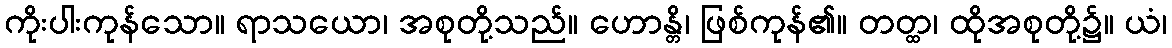
ကိုးပါးကုန်သော။ ရာသယော၊ အစုတို့သည်။ ဟောန္တိ၊ ဖြစ်ကုန်၏။ တတ္ထ၊ ထိုအစုတို့၌။ ယံ၊